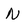
Character: N